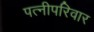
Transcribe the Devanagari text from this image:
पत्नीपरिवार